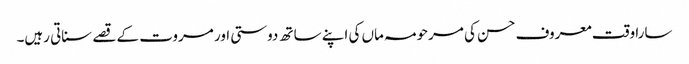
سارا وقت معروف حسن کی مرحومہ ماں کی اپنے ساتھ دوستی اور مروت کے قصے سناتی رہیں۔